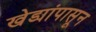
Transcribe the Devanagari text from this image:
खेड्यांपासून